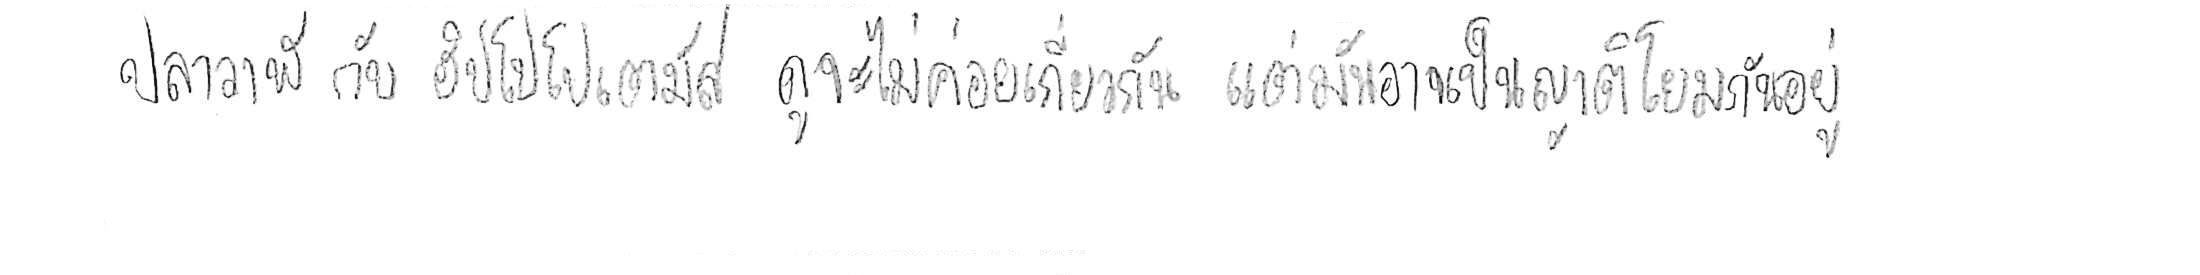
ปลาวาฬ กับ ฮิปโปโปเตมัส ดูจะไม่ค่อยเกี่ยวกัน แต่มันอาจเป็นญาติโยมกันอยู่